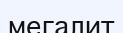
мегалит